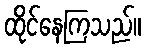
ထိုင်နေကြသည်။